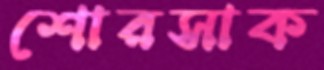
শোরসাক